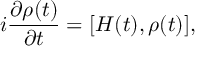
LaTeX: i \frac { \partial \rho ( t ) } { \partial t } = [ H ( t ) , \rho ( t ) ] ,